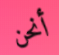
أنحن